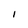
Character: i